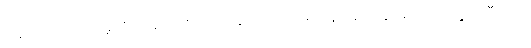
ပြန်လည်ဝင်စားမှုကို အော်ဟစ်ဆဲဆိုခြင်း ဖိအားမှာ အုပ်ချုပ်သွားမည် တွေ့ကြုံပြီးခြင်း